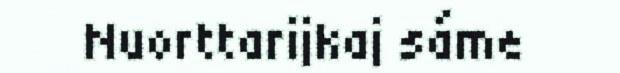
Nuorttarijkaj sáme